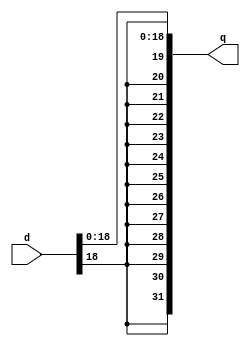
module C_SignExtended (input [31:0] d, output reg [31:0] q);

always @ (d) begin
	q[17:0] = d[17:0];
	q[31:18] = {d[18], d[18], d[18], d[18], d[18], d[18], d[18], d[18], d[18], d[18], d[18], d[18], d[18], d[18]};
	end
endmodule